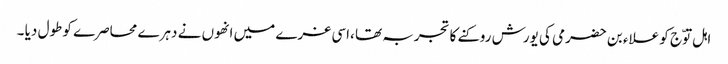
اہل توّج کو علاء بن حضرمی کی یورش روکنے کا تجربہ تھا ،اسی غرے میں انھوں نے دہرے محاصرے کو طول دیا ۔